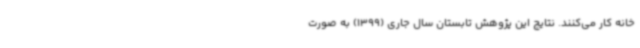
خانه کار می‌کنند. نتایج این پژوهش تابستان سال جاری (1399) به صورت